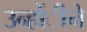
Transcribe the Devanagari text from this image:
उन्होंीने